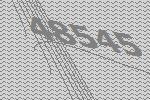
48545